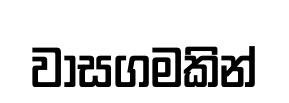
වාසගමකින්